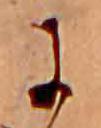
に